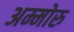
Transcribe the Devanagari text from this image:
अम्मोरु